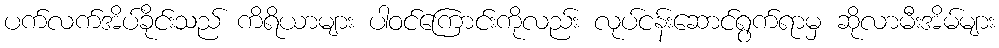
ပက်လက်အိပ်ခိုင်းသည် ကိရိယာများ ပါဝင်ကြောင်းကိုလည်း လုပ်ငန်းဆောင်ရွက်ရာမှ ဆိုလာမီးအိမ်များ